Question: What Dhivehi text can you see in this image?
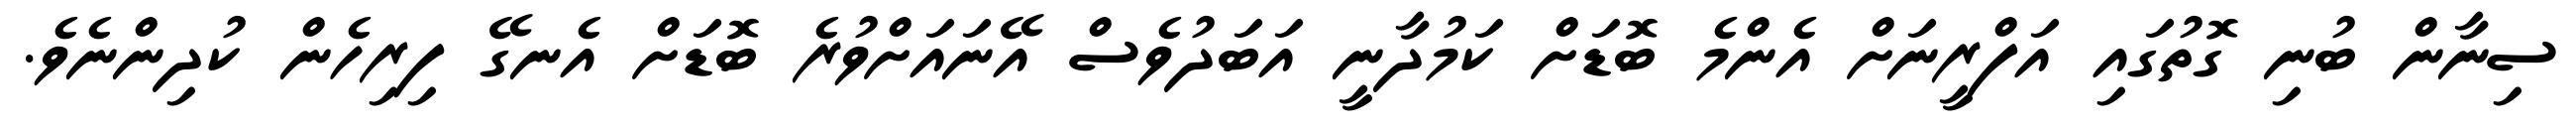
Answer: ސިނާން ބުނި ގޮތުގައި އަފްރީނަށް އެންމެ ބޮޑަށް ކަމުދާނީ އަބަދުވެސް އޭނައަށްވުރެ ބޮޑަށް އެނގޭ ފިރިހެން ކުދިންނެވެ.